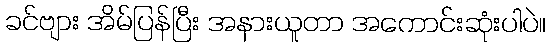
ခင်ဗျား အိမ်ပြန်ပြီး အနားယူတာ အကောင်းဆုံးပါပဲ။